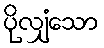
ပိုလျှံသော